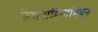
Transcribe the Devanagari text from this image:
केशवाहिन्यांमधून